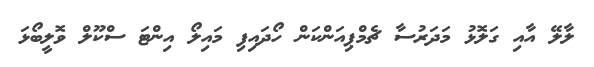
ލާލޭ އާއި ގަލޮޅު މަދަރުސާ ޗެމްޕިއަންކަން ހޯދައިފި މައިލޯ އިންޓަ ސްކޫލް ވޮލީބޯޅަ